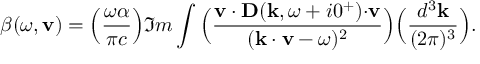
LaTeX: \beta ( \omega , { \bf v } ) = \Big ( { \frac { \omega \alpha } { \pi c } } \Big ) \Im m \int \Big ( { \frac { { \bf v \cdot D } ( { \bf k } , \omega + i 0 ^ { + } ) { \bf \cdot v } } { ( { \bf k \cdot v } - \omega ) ^ { 2 } } } \Big ) \Big ( { \frac { d ^ { 3 } { \bf k } } { ( 2 \pi ) ^ { 3 } } } \Big ) .